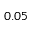
0 . 0 5